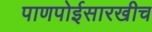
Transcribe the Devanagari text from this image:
पाणपोईसारखीच